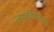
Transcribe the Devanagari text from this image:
जमविणार्‍या